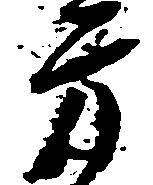
方